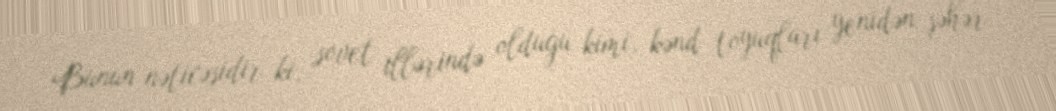
Bunun nəticəsidir ki, sovet illərində olduğu kimi, kənd toyuqları yenidən şəhər